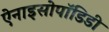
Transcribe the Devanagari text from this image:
ऐनाइसोपॉडिडी